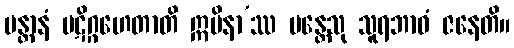
မန္တာနံ ပဋိဂ္ဂဟေတာတိ ဣမိနာ’ဿ မန္တေသု သူရဘာဝံ ဇနေတိ။